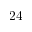
2 4